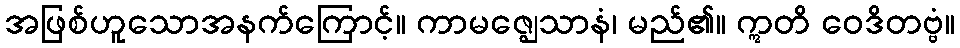
အဖြစ်ဟူသောအနက်ကြောင့်။ ကာမဇ္ဈေသာနံ၊ မည်၏။ ဣတိ ဝေဒိတဗ္ဗံ။